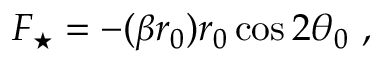
F _ { \star } = - ( \beta r _ { 0 } ) r _ { 0 } \cos 2 \theta _ { 0 } ~ ,